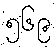
၅၆၉